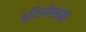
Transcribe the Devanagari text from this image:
इटियोलोजी